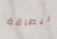
لبطاقة